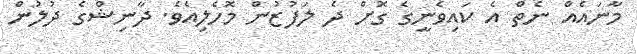
މާނައެއް ނެތް އެ ކައިވެނީގެ ގޮށް ދެ ލަފުޒުން މޮހެލިއެވެ. ދާނިޝްގެ ދުލުން